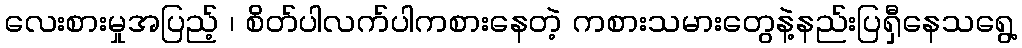
လေးစားမှုအပြည့် ၊ စိတ်ပါလက်ပါကစားနေတဲ့ ကစားသမားတွေနဲ့နည်းပြရှီနေသရွေ့